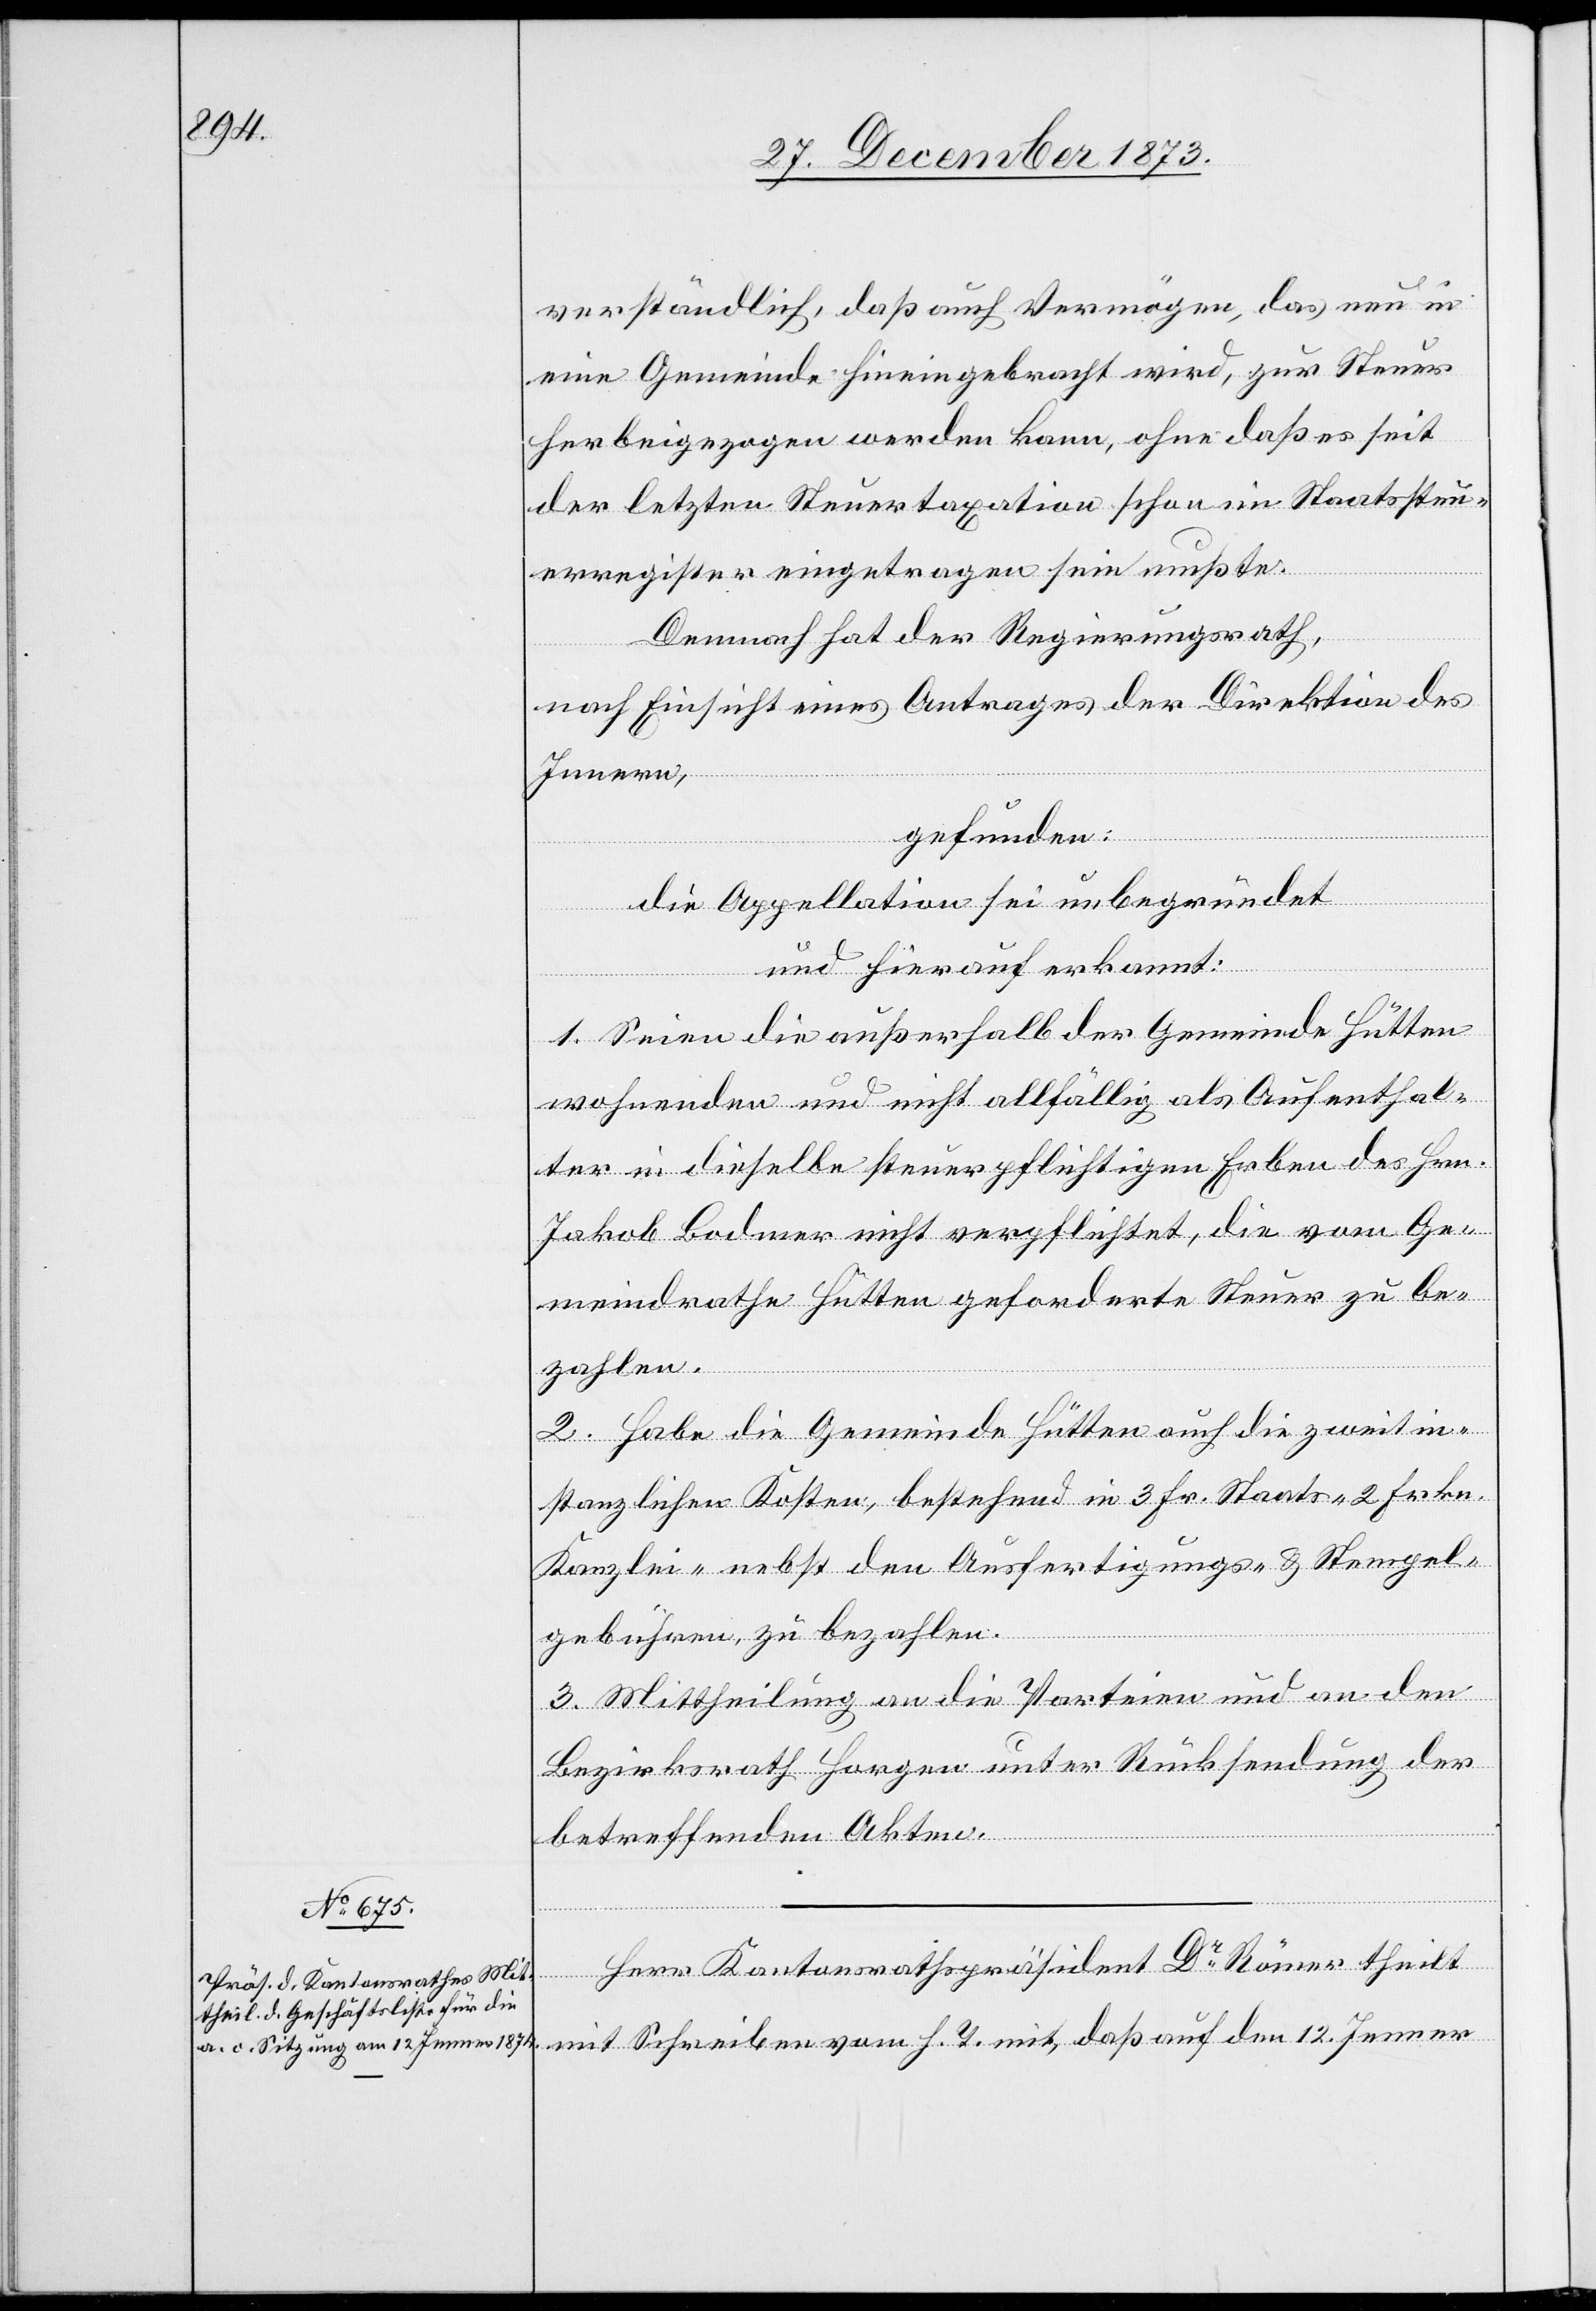
verständlich, daß auch Vermögen, das neu in
eine Gemeinde hineingebracht wird, zur Steuer
herbeigezogen werden kann, ohne daß es seit
der letzten Steuertaxation schon im Staatssteu¬
erregister eingetragen sein mußte.
Demnach hat der Regierungsrath,
nach Einsicht eines Antrages der Direktion des
Innern,
gefunden:
die Appellation sei unbegründet
und hierauf erkannt:
1. Seien die außerhalb der Gemeinde Hütten
wohnenden und nicht allfällig als Aufenthal¬
ter in dieselbe steuerpflichtigen Erben des J¬
akob Bodmer nicht verpflichtet, die vom Ge¬
meindrathe Hütten geforderte Steuer zu be¬
zahlen.
2. Habe die Gemeinde Hütten auch die zweitin¬
stanzlichen Kosten, bestehend in 3 Fr. Staats- 2 Frkn.
Kanzlei- nebst den Ausfertigungs- & Stempel¬
gebühren, zu bezahlen.
3. Mittheilung an die Parteien und an den
Bezirksrath Horgen unter Rücksendung der
betreffenden Akten.
Herr Kantonsrathspräsident Dr Römer theilt
mit Schreiben vom h. T. mit, daß auf den 12. Jenner